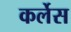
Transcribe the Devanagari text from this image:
कर्लेस